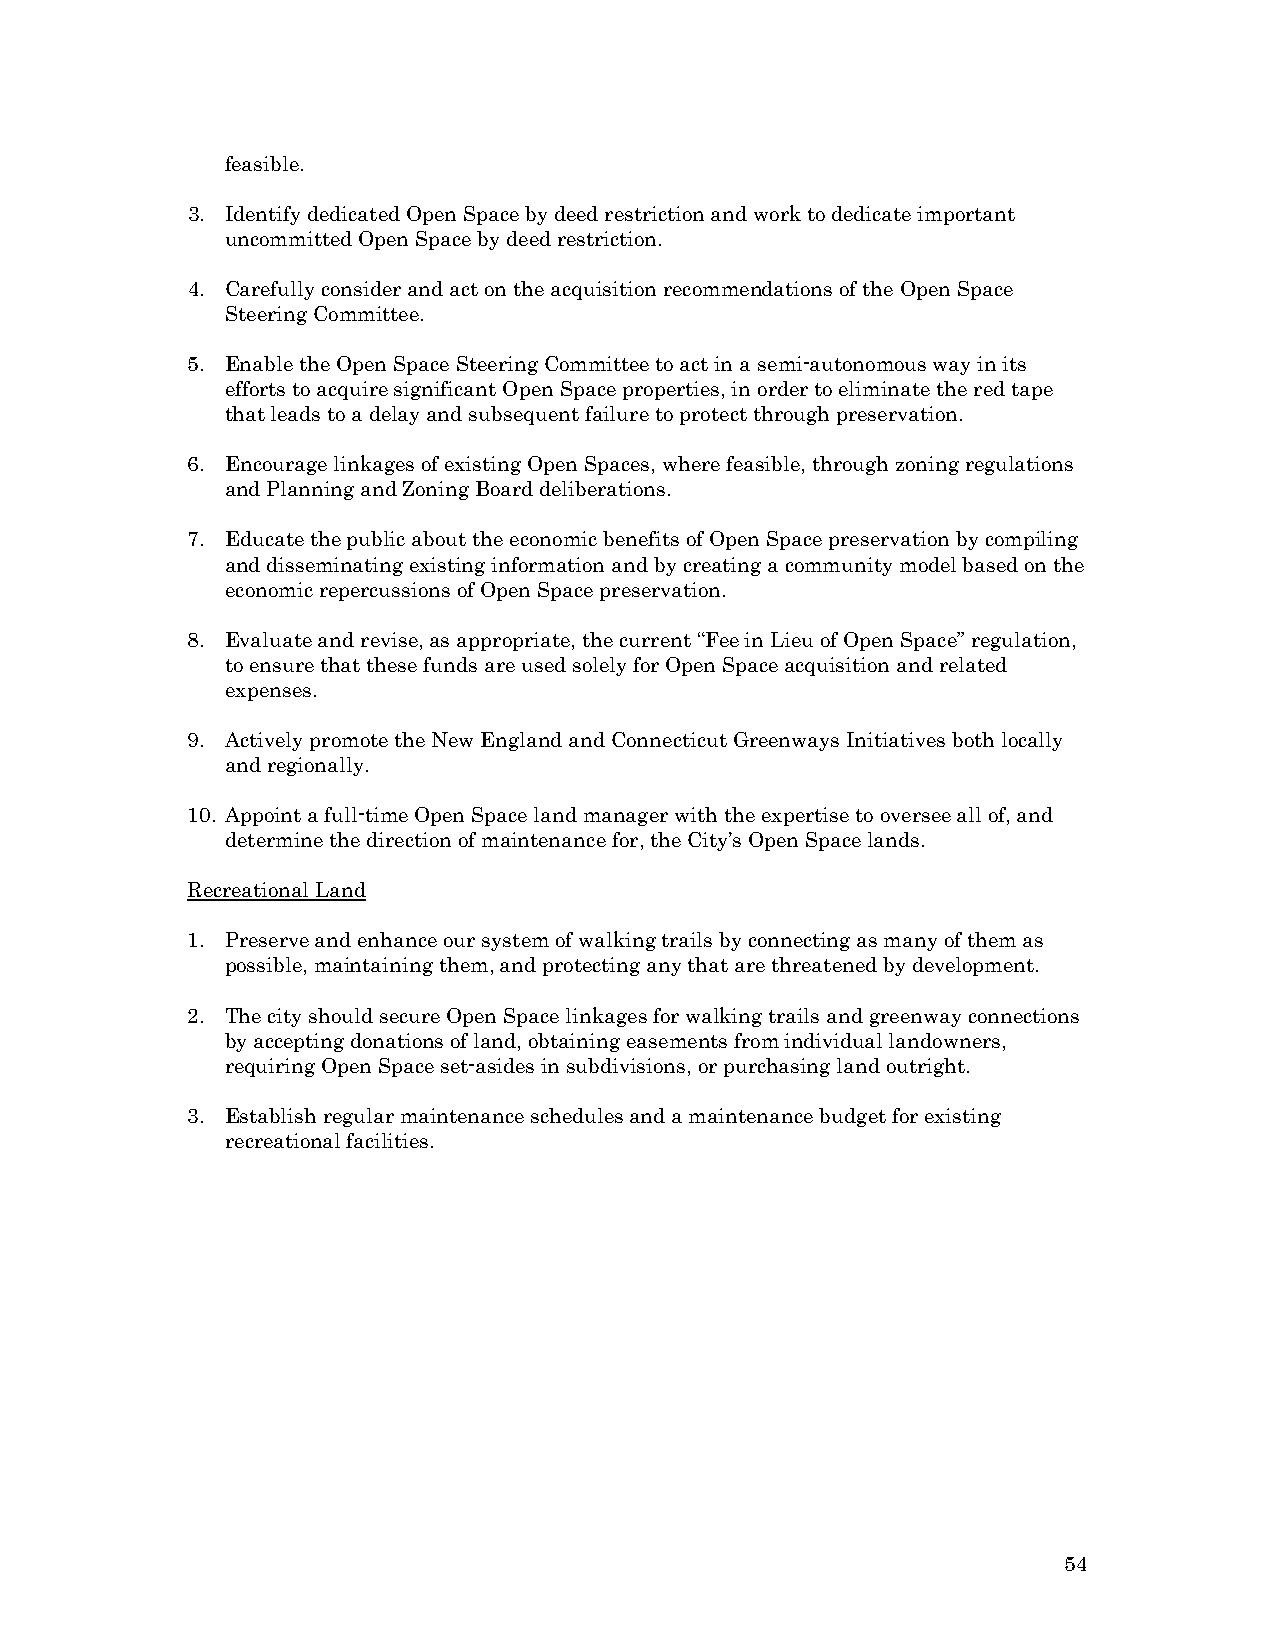
feasible.
 3. Identify dedicated Open Space by deed restriction and work to dedicate important
 uncommitted Open Space by deed restriction.
 4. Carefully consider and act on the acquisition recommendations of the Open Space
 Steering Committee.
 5. Enable the Open Space Steering Committee to act in a semi-autonomous way in its
 efforts to acquire significant Open Space properties, in order to eliminate the red tape
 that leads to a delay and subsequent failure to protect through preservation.
 6. Encourage linkages of existing Open Spaces, where feasible, through zoning regulations
 and Planning and Zoning Board deliberations.
 7. Educate the public about the economic benefits of Open Space preservation by compiling
 and disseminating existing information and by creating a community model based on the
 economic repercussions of Open Space preservation.
 8. Evaluate and revise, as appropriate, the current “Fee in Lieu of Open Space” regulation,
 to ensure that these funds are used solely for Open Space acquisition and related
 expenses.
 9. Actively promote the New England and Connecticut Greenways Initiatives both locally
 and regionally.
 10. Appoint a full-time Open Space land manager with the expertise to oversee all of, and
 determine the direction of maintenance for, the City’s Open Space lands.
 Recreational Land
 1. Preserve and enhance our system of walking trails by connecting as many of them as
 possible, maintaining them, and protecting any that are threatened by development.
 2. The city should secure Open Space linkages for walking trails and greenway connections
 by accepting donations of land, obtaining easements from individual landowners,
 requiring Open Space set-asides in subdivisions, or purchasing land outright.
 3. Establish regular maintenance schedules and a maintenance budget for existing
 recreational facilities.
 54